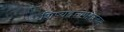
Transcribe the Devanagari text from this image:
शिष्यहृत्तापहारकम्